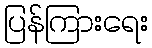
ပြန်ကြားရေး